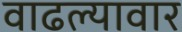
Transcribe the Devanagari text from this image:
वाढल्यावार